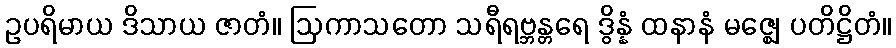
ဥပရိမာယ ဒိသာယ ဇာတံ။ ဩကာသတော သရီရဗ္ဘန္တရေ ဒွိန္နံ ထနာနံ မဇ္ဈေ ပတိဋ္ဌိတံ။